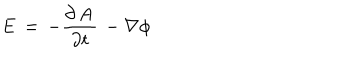
{ \bf E } \, = \, - \frac { \partial \, { \bf A } } { \partial t } \, - \nabla \phi